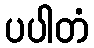
ပပါတံ